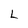
Character: L